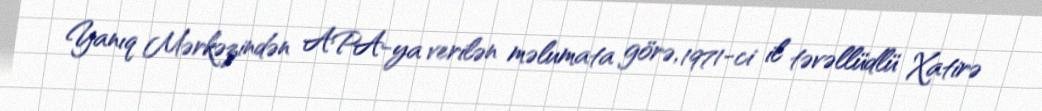
Yanıq Mərkəzindən APA-ya verilən məlumata görə, 1971-ci il təvəllüdlü Xatirə